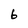
Character: 6